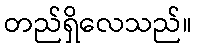
တည်ရှိလေသည်။